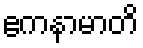
ဧကနာမာတိ